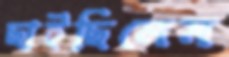
ছাইছিলেম